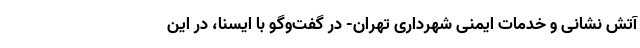
آتش نشانی و خدمات ایمنی شهرداری تهران- در گفت‌وگو با ایسنا، در این